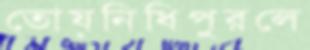
তোয়নিধিপুরলে